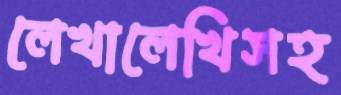
লেখালেখিসহ